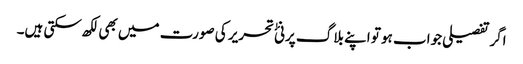
اگرتفصیلی جواب ہو تو اپنے بلاگ پر نئٰ تحریر کی صورت میں بھی لکھ سکتی ہیں۔